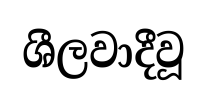
ශීලවාදීවූ